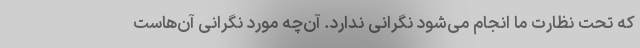
که تحت نظارت ما انجام می‌شود نگرانی ندارد. آن‌چه مورد نگرانی آن‌هاست